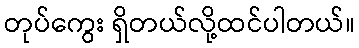
တုပ်ကွေး ရှိတယ်လို့ထင်ပါတယ်။